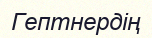
Гептнердің